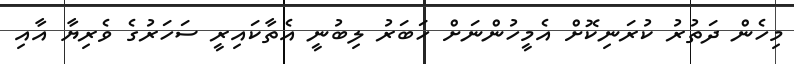
މިހެން ދަތުރު ކުރަނިކޮށް އެމީހުންނަށް ހަބަރު ލިބުނީ އެތާކައިރީ ސަހަރުގެ ވެރިޔާ އާއި